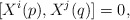
\begin{align*} [X^{i}(p),X^{j}(q)]=0,\end{align*}